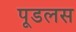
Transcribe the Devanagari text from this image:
पूडलस